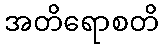
အတိရောစတိ